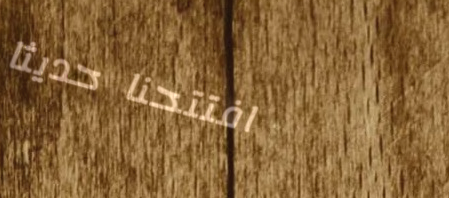
افتتحنا حديثاً